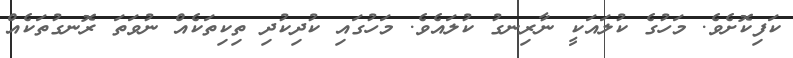
ކަފިކޮށެވެ. މަހުގެ ކުލައަކީ ނާރިނގު ކުލައެވެ. މަހުގައި ކުދިކުދި ތިކިތަކެއް ނުވަތަ ރޮނގުތަކެއް